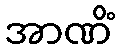
အာဏိံ